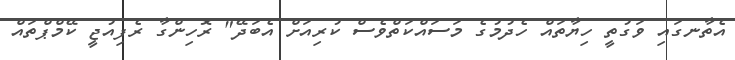
އެތާނގައި ވަގުތީ ހިޔާތައް ހެދުމުގެ މަސައްކަތްވެސް ކުރިއަށް އެބަދޭ" ރޮހިންގާ ރެފިއުޖީ ކޭމްޕްތައް